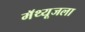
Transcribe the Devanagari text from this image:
मॅथ्यूजला